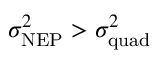
\sigma _ { \mathrm { N E P } } ^ { 2 } > \sigma _ { \mathrm { q u a d } } ^ { 2 }